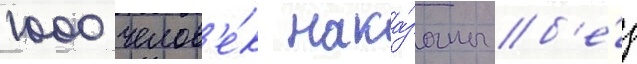
1000 челов'е́к нака́заны б'е́з